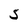
Character: 5